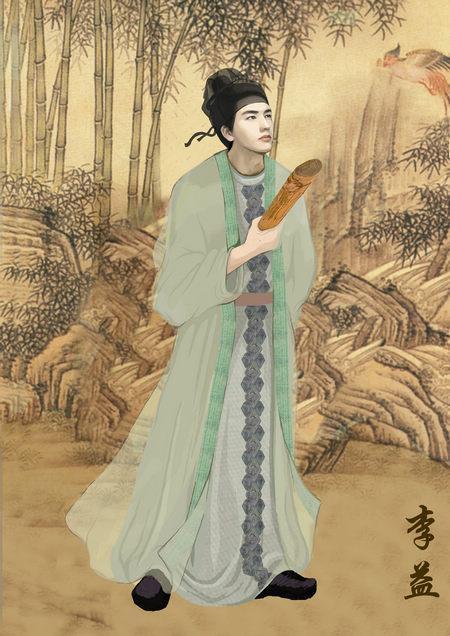
那堪好风景，独上洛阳桥。